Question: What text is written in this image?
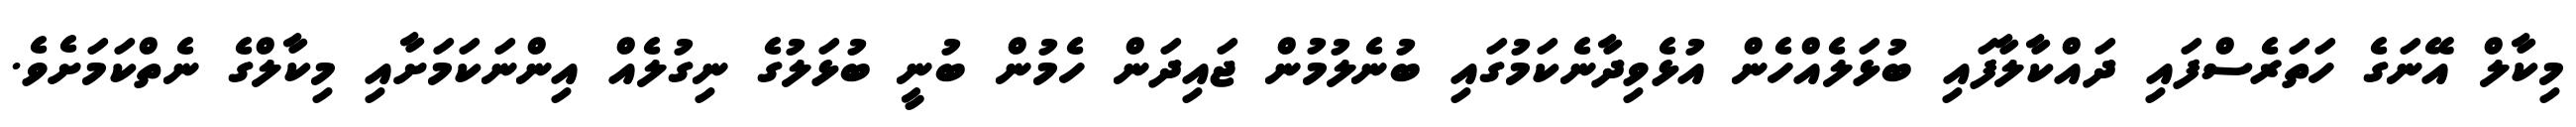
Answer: މިކާލް އޭނަގެ ހަތަރެސްފައި ދައްކާލާފައި ބުޅަލެއްހެން އުޅެވިދާނެކަމުގައި ބުނެލުމުން ޖައިދަން ހެމުން ބުނީ ބުޅަލުގެ ނިގުލެއް އިންނަކަމަށާއި މިކާލްގެ ނެތްކަމަށެވެ.